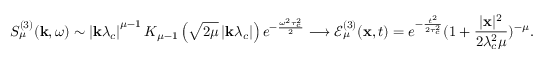
S _ { \mu } ^ { ( 3 ) } ( \mathbf { k } , \omega ) \sim \left| \mathbf { k } \lambda _ { c } \right| ^ { \mu - 1 } K _ { \mu - 1 } \left( \sqrt { 2 \mu } \left| \mathbf { k } \lambda _ { c } \right| \right) e ^ { - \frac { \omega ^ { 2 } \tau _ { c } ^ { 2 } } { 2 } } \longrightarrow \mathcal { E } _ { \mu } ^ { ( 3 ) } ( \mathbf { x } , t ) = e ^ { - \frac { t ^ { 2 } } { 2 \tau _ { c } ^ { 2 } } } ( 1 + \frac { | \mathbf { x } | ^ { 2 } } { 2 \lambda _ { c } ^ { 2 } \mu } ) ^ { - \mu } .